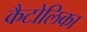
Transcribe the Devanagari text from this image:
कैटोलिका